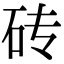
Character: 砖